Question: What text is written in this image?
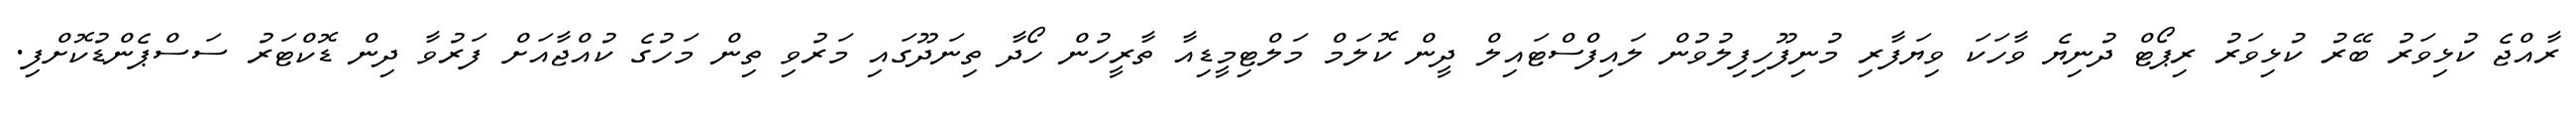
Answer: ރާއްޖެ ކުޅިވަރު ބޭރު ކުޅިވަރު ރިޕޯޓް ދުނިޔެ ވާހަކަ ވިޔަފާރި މުނިފޫހިފިލުވުން ލައިފްސްޓައިލް ދީން ކޮލަމް މަލްޓިމީޑިއާ ތާރީހުން ހޯދާ ތިނަދޫގައި މަރުވި ތިން މަހުގެ ކުއްޖާއަށް ފަރުވާ ދިން ޑޮކްޓަރު ސަސްޕެންޑުކޮށްފި.